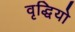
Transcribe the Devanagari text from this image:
वृद्धियो